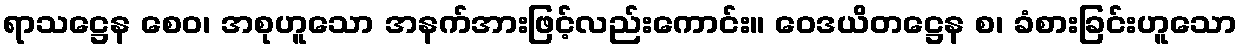
ရာသဋ္ဌေန စေဝ၊ အစုဟူသော အနက်အားဖြင့်လည်းကောင်း။ ဝေဒယိတဋ္ဌေန စ၊ ခံစားခြင်းဟူသော